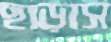
ছাড়াস